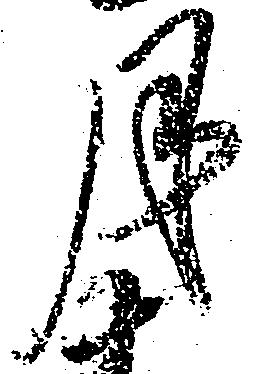
月